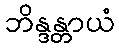
ဘိန္ဒန္တာယံ